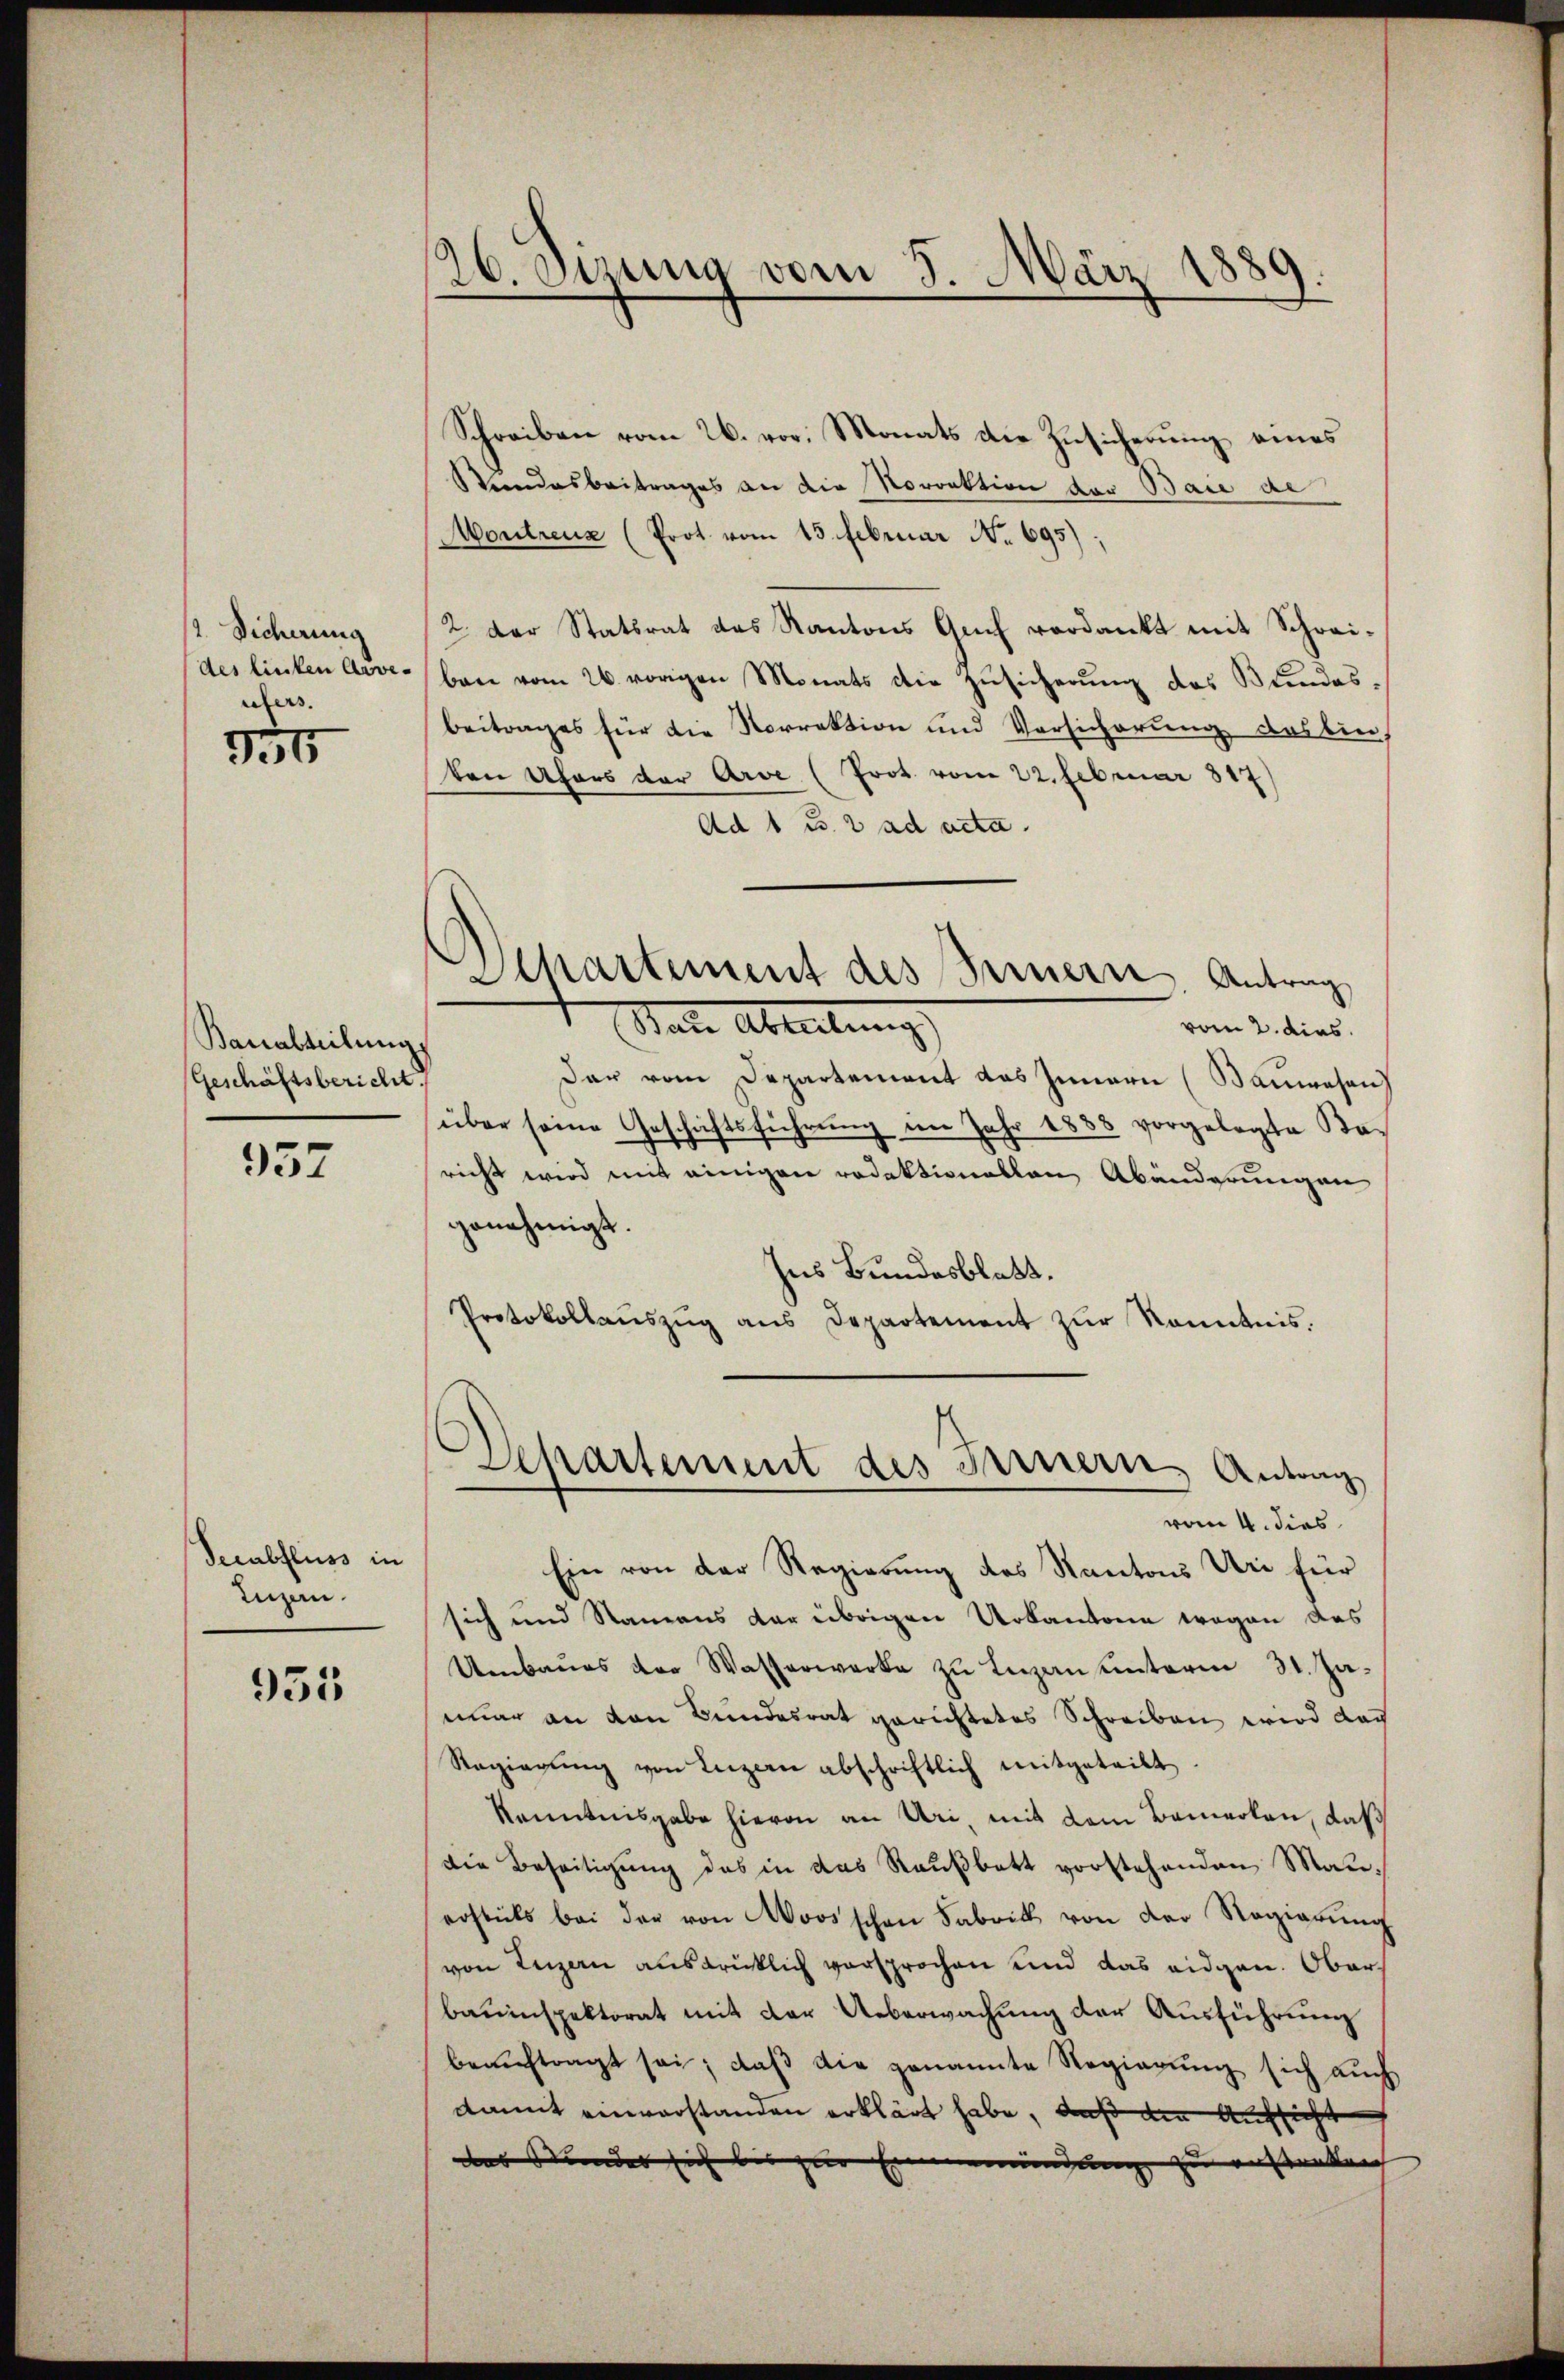
2. Sicherung
des linken Arve-
ufers.
754

Bauabteilungs
(Geschäftsbericht.

937

Secubfluss in
Luzern.

955

26. Jung vom 5. März 1889.
d

Schreiben vom 26. vor. Monats die Zusicherung eines
Stundesbeitrages an die Norrektion der Baie de
Montreuz (Prot. vom 15. Februar No 695),
2. Der Statsrat das Kantons Genf verdankt mit Schreiben vom 26. vorigen Monats die Zusicherung des Bundesbeitrages für die Norrektion und Vorsicherung das bie
den Ufers der Arve (Prot vom 22. Februar 817)
Ad 1 Bs. 2 ad acta.
Sate Abteilung,
vom 2. dies
Der vom Departement das Innern (Bauwesen)
über seine Geschäftsführŭng im Jahr 1888 vorgelegte Koricht wird mit einigen redaktionellen Abänderungen
genehmigt.
hes Bundesblatt.
Protokollaŭszŭg ans Departement zŭr Kenntnis.
Departement des Fernern Antrag
vom 4. dies
Ein von der Regierung des Kantons Uri für
sich und Namens der übrigen Urkantone wegen des
Umbaues der Wasserwerke zu Luzan unterm 31. Jaeiner an den Bundesrat gerichtetes Schreiben wird doch
Regierŭng von Luzern abschriftlich mitgeteilt
kenntnisgabe hievon an Uri, mit dem Bemerken, daß
die Beseitigung des in das Raußbett vorstehenden Manerstüts bei der von Moos schen Fabrik von der Regierŭng
von Luzern ausdrücklich versprochen und das eidgen. Oberbauinspektorat mit der Ueberwachung der Ausführung
beauftragt sei, daß die genannte Regierung sich auch
damit einverstanden erklärt habe, daß die Aufsicht
das Stundes sich bis zur Einen |
zu anstanken |

Departement des Fernern Antrag